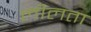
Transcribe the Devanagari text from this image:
लीलता